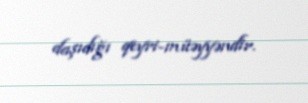
daşıdığı qeyri-müəyyəndir.